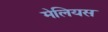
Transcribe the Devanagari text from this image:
मेलियस